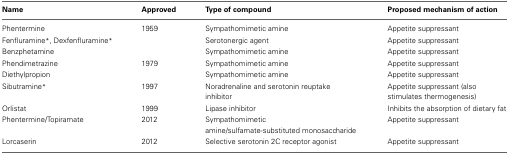
<table><thead><tr><td><b>Name</b></td><td><b>Approved</b></td><td><b>Type of compound</b></td><td><b>Proposed mechanism of action</b></td></tr></thead><tbody><tr><td>Phentermine</td><td>1959</td><td>Sympathomimetic amine</td><td>Appetite suppressant</td></tr><tr><td>Fenfluramine<sup>*</sup>, Dexfenfluramine<sup>*</sup></td><td></td><td>Serotonergic agent</td><td>Appetite suppressant</td></tr><tr><td>Benzphetamine</td><td></td><td>Sympathomimetic amine</td><td>Appetite suppressant</td></tr><tr><td>Phendimetrazine</td><td>1979</td><td>Sympathomimetic amine</td><td>Appetite suppressant</td></tr><tr><td>Diethylpropion</td><td></td><td>Sympathomimetic amine</td><td>Appetite suppressant</td></tr><tr><td>Sibutramine<sup>*</sup></td><td>1997</td><td>Noradrenaline and serotonin reuptake inhibitor</td><td>Appetite suppressant (also stimulates thermogenesis)</td></tr><tr><td>Orlistat</td><td>1999</td><td>Lipase inhibitor</td><td>Inhibits the absorption of dietary fat</td></tr><tr><td>Phentermine/Topiramate</td><td>2012</td><td>Sympathomimetic amine/sulfamate-substituted monosaccharide</td><td>Appetite suppressant</td></tr><tr><td>Lorcaserin</td><td>2012</td><td>Selective serotonin 2C receptor agonist</td><td>Appetite suppressant</td></tr></tbody></table>